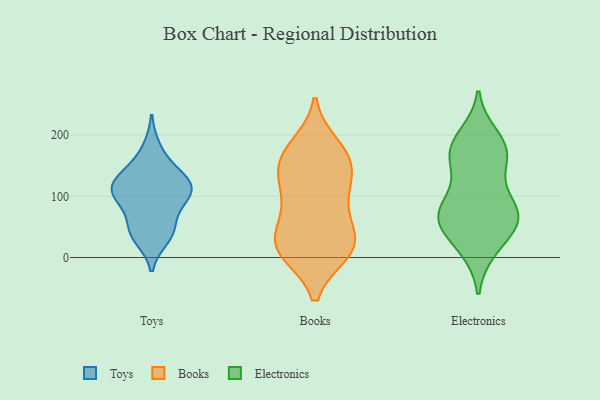
{"axis": {"x": "LTV (USD)", "y": "Value"}, "legend": ["Books", "Electronics", "Toys"], "data": [{"x": "", "y": 32, "type": "Toys"}, {"x": "", "y": 107, "type": "Toys"}, {"x": "", "y": 144, "type": "Toys"}, {"x": "", "y": 96, "type": "Toys"}, {"x": "", "y": 44, "type": "Toys"}, {"x": "", "y": 55, "type": "Toys"}, {"x": "", "y": 117, "type": "Toys"}, {"x": "", "y": 179, "type": "Toys"}, {"x": "", "y": 39, "type": "Toys"}, {"x": "", "y": 92, "type": "Toys"}, {"x": "", "y": 137, "type": "Toys"}, {"x": "", "y": 117, "type": "Toys"}, {"x": "", "y": 122, "type": "Toys"}, {"x": "", "y": 103, "type": "Toys"}, {"x": "", "y": 22, "type": "Books"}, {"x": "", "y": 118, "type": "Books"}, {"x": "", "y": 31, "type": "Books"}, {"x": "", "y": 10, "type": "Books"}, {"x": "", "y": 167, "type": "Books"}, {"x": "", "y": 180, "type": "Books"}, {"x": "", "y": 17, "type": "Books"}, {"x": "", "y": 160, "type": "Books"}, {"x": "", "y": 145, "type": "Books"}, {"x": "", "y": 18, "type": "Books"}, {"x": "", "y": 94, "type": "Books"}, {"x": "", "y": 13, "type": "Books"}, {"x": "", "y": 62, "type": "Books"}, {"x": "", "y": 158, "type": "Books"}, {"x": "", "y": 103, "type": "Books"}, {"x": "", "y": 151, "type": "Electronics"}, {"x": "", "y": 70, "type": "Electronics"}, {"x": "", "y": 177, "type": "Electronics"}, {"x": "", "y": 61, "type": "Electronics"}, {"x": "", "y": 73, "type": "Electronics"}, {"x": "", "y": 81, "type": "Electronics"}, {"x": "", "y": 15, "type": "Electronics"}, {"x": "", "y": 108, "type": "Electronics"}, {"x": "", "y": 58, "type": "Electronics"}, {"x": "", "y": 182, "type": "Electronics"}, {"x": "", "y": 18, "type": "Electronics"}, {"x": "", "y": 64, "type": "Electronics"}, {"x": "", "y": 63, "type": "Electronics"}, {"x": "", "y": 170, "type": "Electronics"}, {"x": "", "y": 197, "type": "Electronics"}, {"x": "", "y": 166, "type": "Electronics"}]}